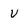
Character: v